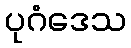
ပုဂံဒေသ